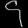
Digit: ၄